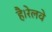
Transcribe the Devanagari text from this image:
है।रेलवे